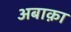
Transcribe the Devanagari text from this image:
अबाक़ा